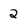
Character: 2